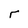
Character: r